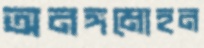
অনঙ্গমোহন